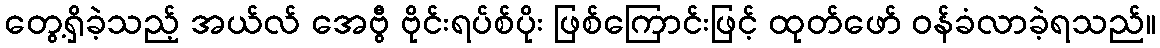
တွေ့ရှိခဲ့သည့် အယ်လ် အေဗွီ ဗိုင်းရပ်စ်ပိုး ဖြစ်ကြောင်းဖြင့် ထုတ်ဖော် ဝန်ခံလာခဲ့ရသည်။